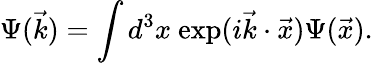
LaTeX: \Psi(\vec{k})=\int d^{3}x\ \mathrm{exp}(i\vec{k}\cdot\vec{x})\Psi(\vec{x}).